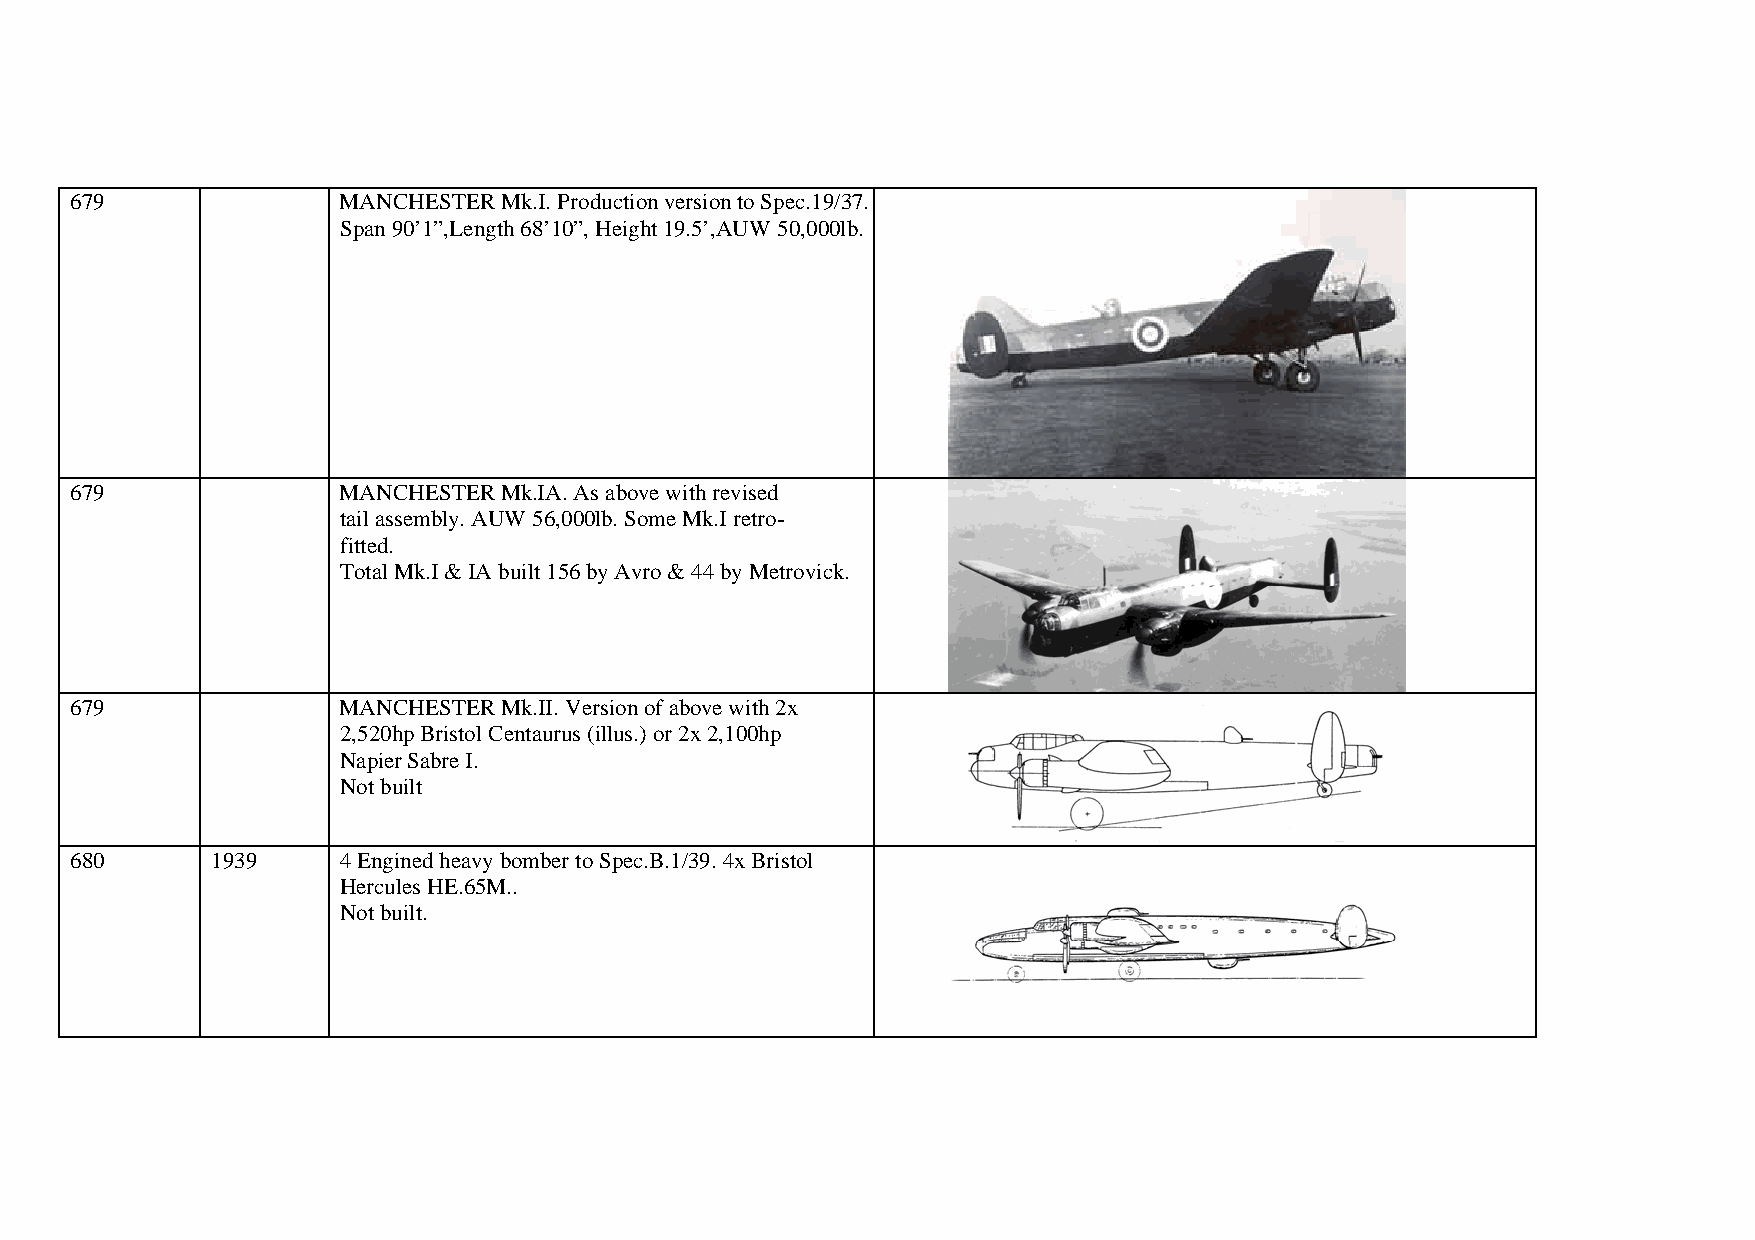
679              MANCHESTER Mk.I. Production version to Spec.19/37.
 Span 90’1”,Length 68’10”, Height 19.5’,AUW 50,000lb.
 679              MANCHESTER Mk.IA. As above with revised
 tail assembly. AUW 56,000lb. Some Mk.I retro-
 fitted.
 Total Mk.I & IA built 156 by Avro & 44 by Metrovick.
 679              MANCHESTER Mk.II. Version of above with 2x
 2,520hp Bristol Centaurus (illus.) or 2x 2,100hp
 Napier Sabre I.
 Not built
 680      1939    4 Engined heavy bomber to Spec.B.1/39. 4x Bristol
 Hercules HE.65M..
 Not built.